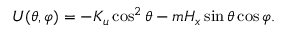
U ( \theta , \varphi ) = - K _ { u } \cos ^ { 2 } \theta - m H _ { x } \sin \theta \cos \varphi .